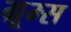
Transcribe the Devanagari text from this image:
ग्रूम्स